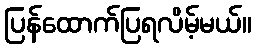
ပြန်ထောက်ပြရလိမ့်မယ်။